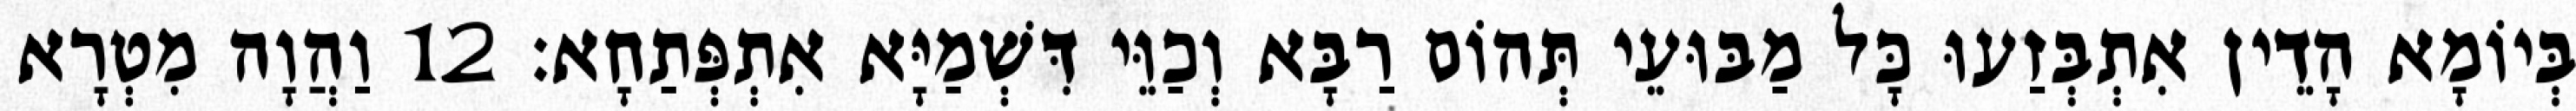
בְּיוֹמָא הָדֵין אִתְבְּזַעוּ כָּל מַבּוּעֵי תְּהוֹם רַבָּא וְכַוֵּי דִּשְׁמַיָּא אִתְפְּתַחָא׃ 12 וַהֲוָה מִטְרָא